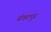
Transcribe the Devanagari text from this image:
बंकापुर